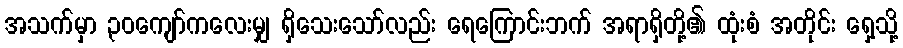
အသက်မှာ ၃၀ကျော်ကလေးမျှ ရှိသေးသော်လည်း ရေကြောင်းဘက် အရာရှိတို့၏ ထုံးစံ အတိုင်း ရှေ့သို့